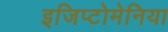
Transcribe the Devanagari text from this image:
इजिप्टोमेनिया